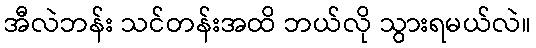
အီလဲဘန်း သင်တန်းအထိ ဘယ်လို သွားရမယ်လဲ။